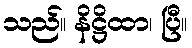
သည်။ နိဋ္ဌိထာ၊ ပြီ။